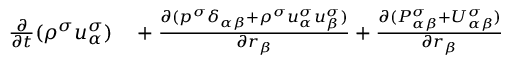
\begin{array} { r } { \begin{array} { r l } { \frac { \partial } { \partial t } ( \rho ^ { \sigma } u _ { \alpha } ^ { \sigma } ) } & { { } + \frac { \partial ( p ^ { \sigma } \delta _ { \alpha \beta } + \rho ^ { \sigma } u _ { \alpha } ^ { \sigma } u _ { \beta } ^ { \sigma } ) } { \partial r _ { \beta } } + \frac { \partial ( P _ { \alpha \beta } ^ { \sigma } + U _ { \alpha \beta } ^ { \sigma } ) } { \partial r _ { \beta } } } \end{array} } \end{array}